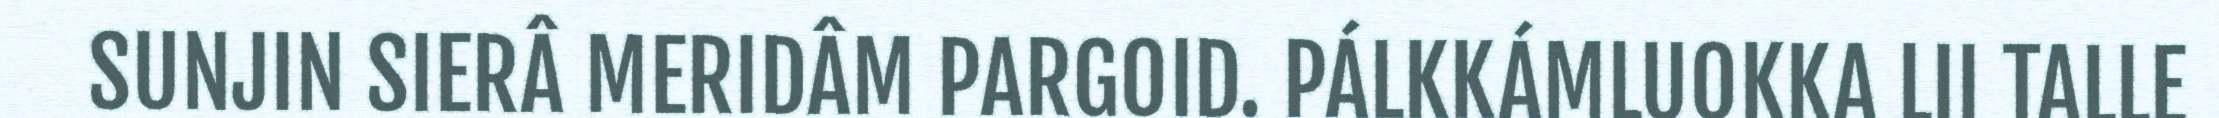
SUNJIN SIERÂ MERIDÂM PARGOID. PÁLKKÁMLUOKKA LII TALLE